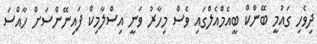
ދިވެހި ގައުމީ ބޭންކް ބީއެމްއެލްގައި ވެސް މިހާރު ވަނީ އިސްލާމިކް ފައިނޭންސަށް ހާއްސަ